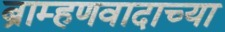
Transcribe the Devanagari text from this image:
ब्राम्हणवादाच्या